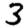
Digit: 3